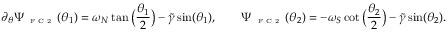
\partial _ { \theta } \Psi _ { \textnormal { \tiny { F C 2 } } } ( \theta _ { 1 } ) = \omega _ { N } \tan \big ( \frac { \theta _ { 1 } } { 2 } \big ) - \widetilde { \gamma } \sin ( \theta _ { 1 } ) , \qquad \Psi _ { \textnormal { \tiny { F C 2 } } } ( \theta _ { 2 } ) = - \omega _ { S } \cot \big ( \frac { \theta _ { 2 } } { 2 } \big ) - \widetilde { \gamma } \sin ( \theta _ { 2 } ) .